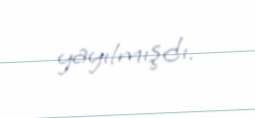
yayılmışdı.